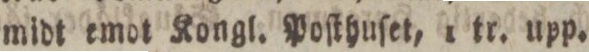
midt emot Kongl. Poſthuſet, 1 tr. upp.